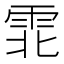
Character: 𫕡